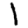
Digit: 1